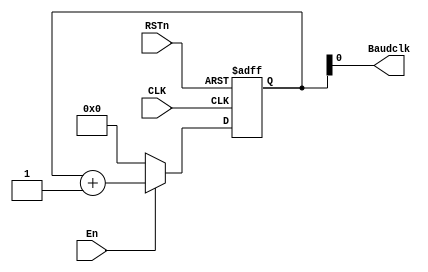
/**********************DAMMSTANGER COPYRIGHT @2016************************/	
//SPI_Baudrate_Module
//CLK=50MHz,25Mbps
//				Baudrate_Scaler1-32=11CLK/2=25M=32 32CLK/(2^32)
//	 dammstanger
//	 20160804
/*************************************************************************/	
module SPI_Baudrate_Module (CLK, RSTn, En,Baudclk);
	input CLK;
	input RSTn;
	input En;
	output Baudclk;
	/********************************************/
	parameter SCALER=8'b1,CLK_FREE_LEVEL = 1'b0;
	reg	[31:0]rcnt;
always @ ( posedge CLK or negedge RSTn )
	if( !RSTn )
	begin
		if(CLK_FREE_LEVEL)
		rcnt <= 32'b1<<SCALER;
		else
		rcnt <= 32'b0;
	end
	else if(En)
		rcnt <= rcnt + 1'b1;
	else if(CLK_FREE_LEVEL)
		rcnt <= 32'b1<<(SCALER-1);
	else 
		rcnt <= 1'b0;
/***********************************/
 assign Baudclk = rcnt[SCALER-1'b1];

endmodule

/**********************END OF FILE COPYRIGHT @2016************************/